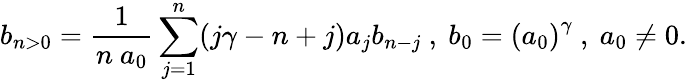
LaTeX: b_{n>0}=\frac{1}{n~a_{0}}\sum_{j=1}^{n}(j\gamma-n+j)a_{j}b_{n-j}~,~b_{0}=\left(a_{0}\right)^{\gamma}~,~a_{0}\neq 0.